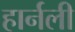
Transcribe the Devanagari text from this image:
हार्नली